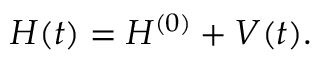
H ( t ) = H ^ { ( 0 ) } + V ( t ) .